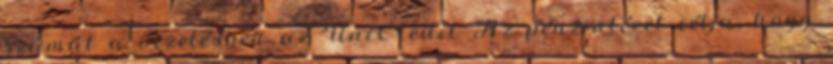
számát a vezetésben az UniCredit Az pénzintézet célja, hogy